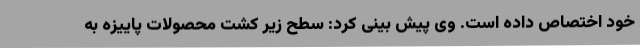
خود اختصاص داده است. وی پیش بینی کرد: سطح زیر کشت محصولات پاییزه به